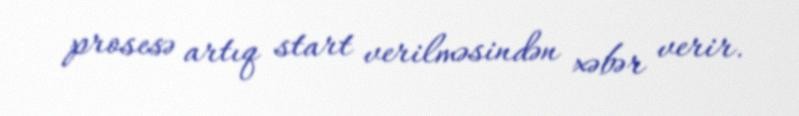
prosesə artıq start verilməsindən xəbər verir.